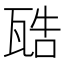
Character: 𤭚